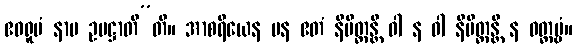
ဧဝရူပံ နာမ ဥပဋ္ဌာတီ”တိ။ အာစရိယေန ပန ဧတံ နိမိတ္တန္တိ ဝါ န ဝါ နိမိတ္တန္တိ န ဝတ္တဗ္ဗံ။